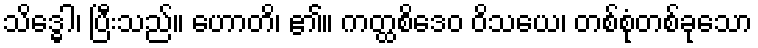
သိဒ္ဓေါ၊ ပြီးသည်။ ဟောတိ၊ ၏။ ကတ္ထစိဒေဝ ဝိသယေ၊ တစ်စုံတစ်ခုသော